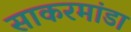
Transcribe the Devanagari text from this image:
साकरमांडा